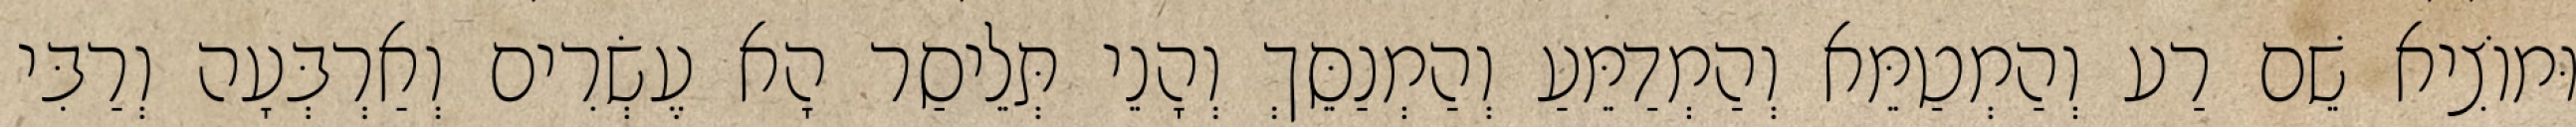
וּמוֹצִיא שֵׁם רַע וְהַמְטַמֵּא וְהַמְדַמֵּעַ וְהַמְנַסֵּךְ וְהָנֵי תְּלֵיסַר הָא עֶשְׂרִים וְאַרְבְּעָה וְרַבִּי